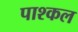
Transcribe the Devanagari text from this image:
पाश्कल